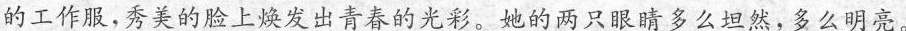
的工作服，秀美的脸上焕发出青春的光彩。她的两只眼睛多么坦然，多么明亮。